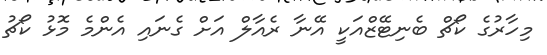
މިހާރުގެ ކޯޗް ބެނިޓޭޒްއަކީ އޭނާ ރެއާލް އަށް ގެނައި އެންމެ މޮޅު ކޯޗު